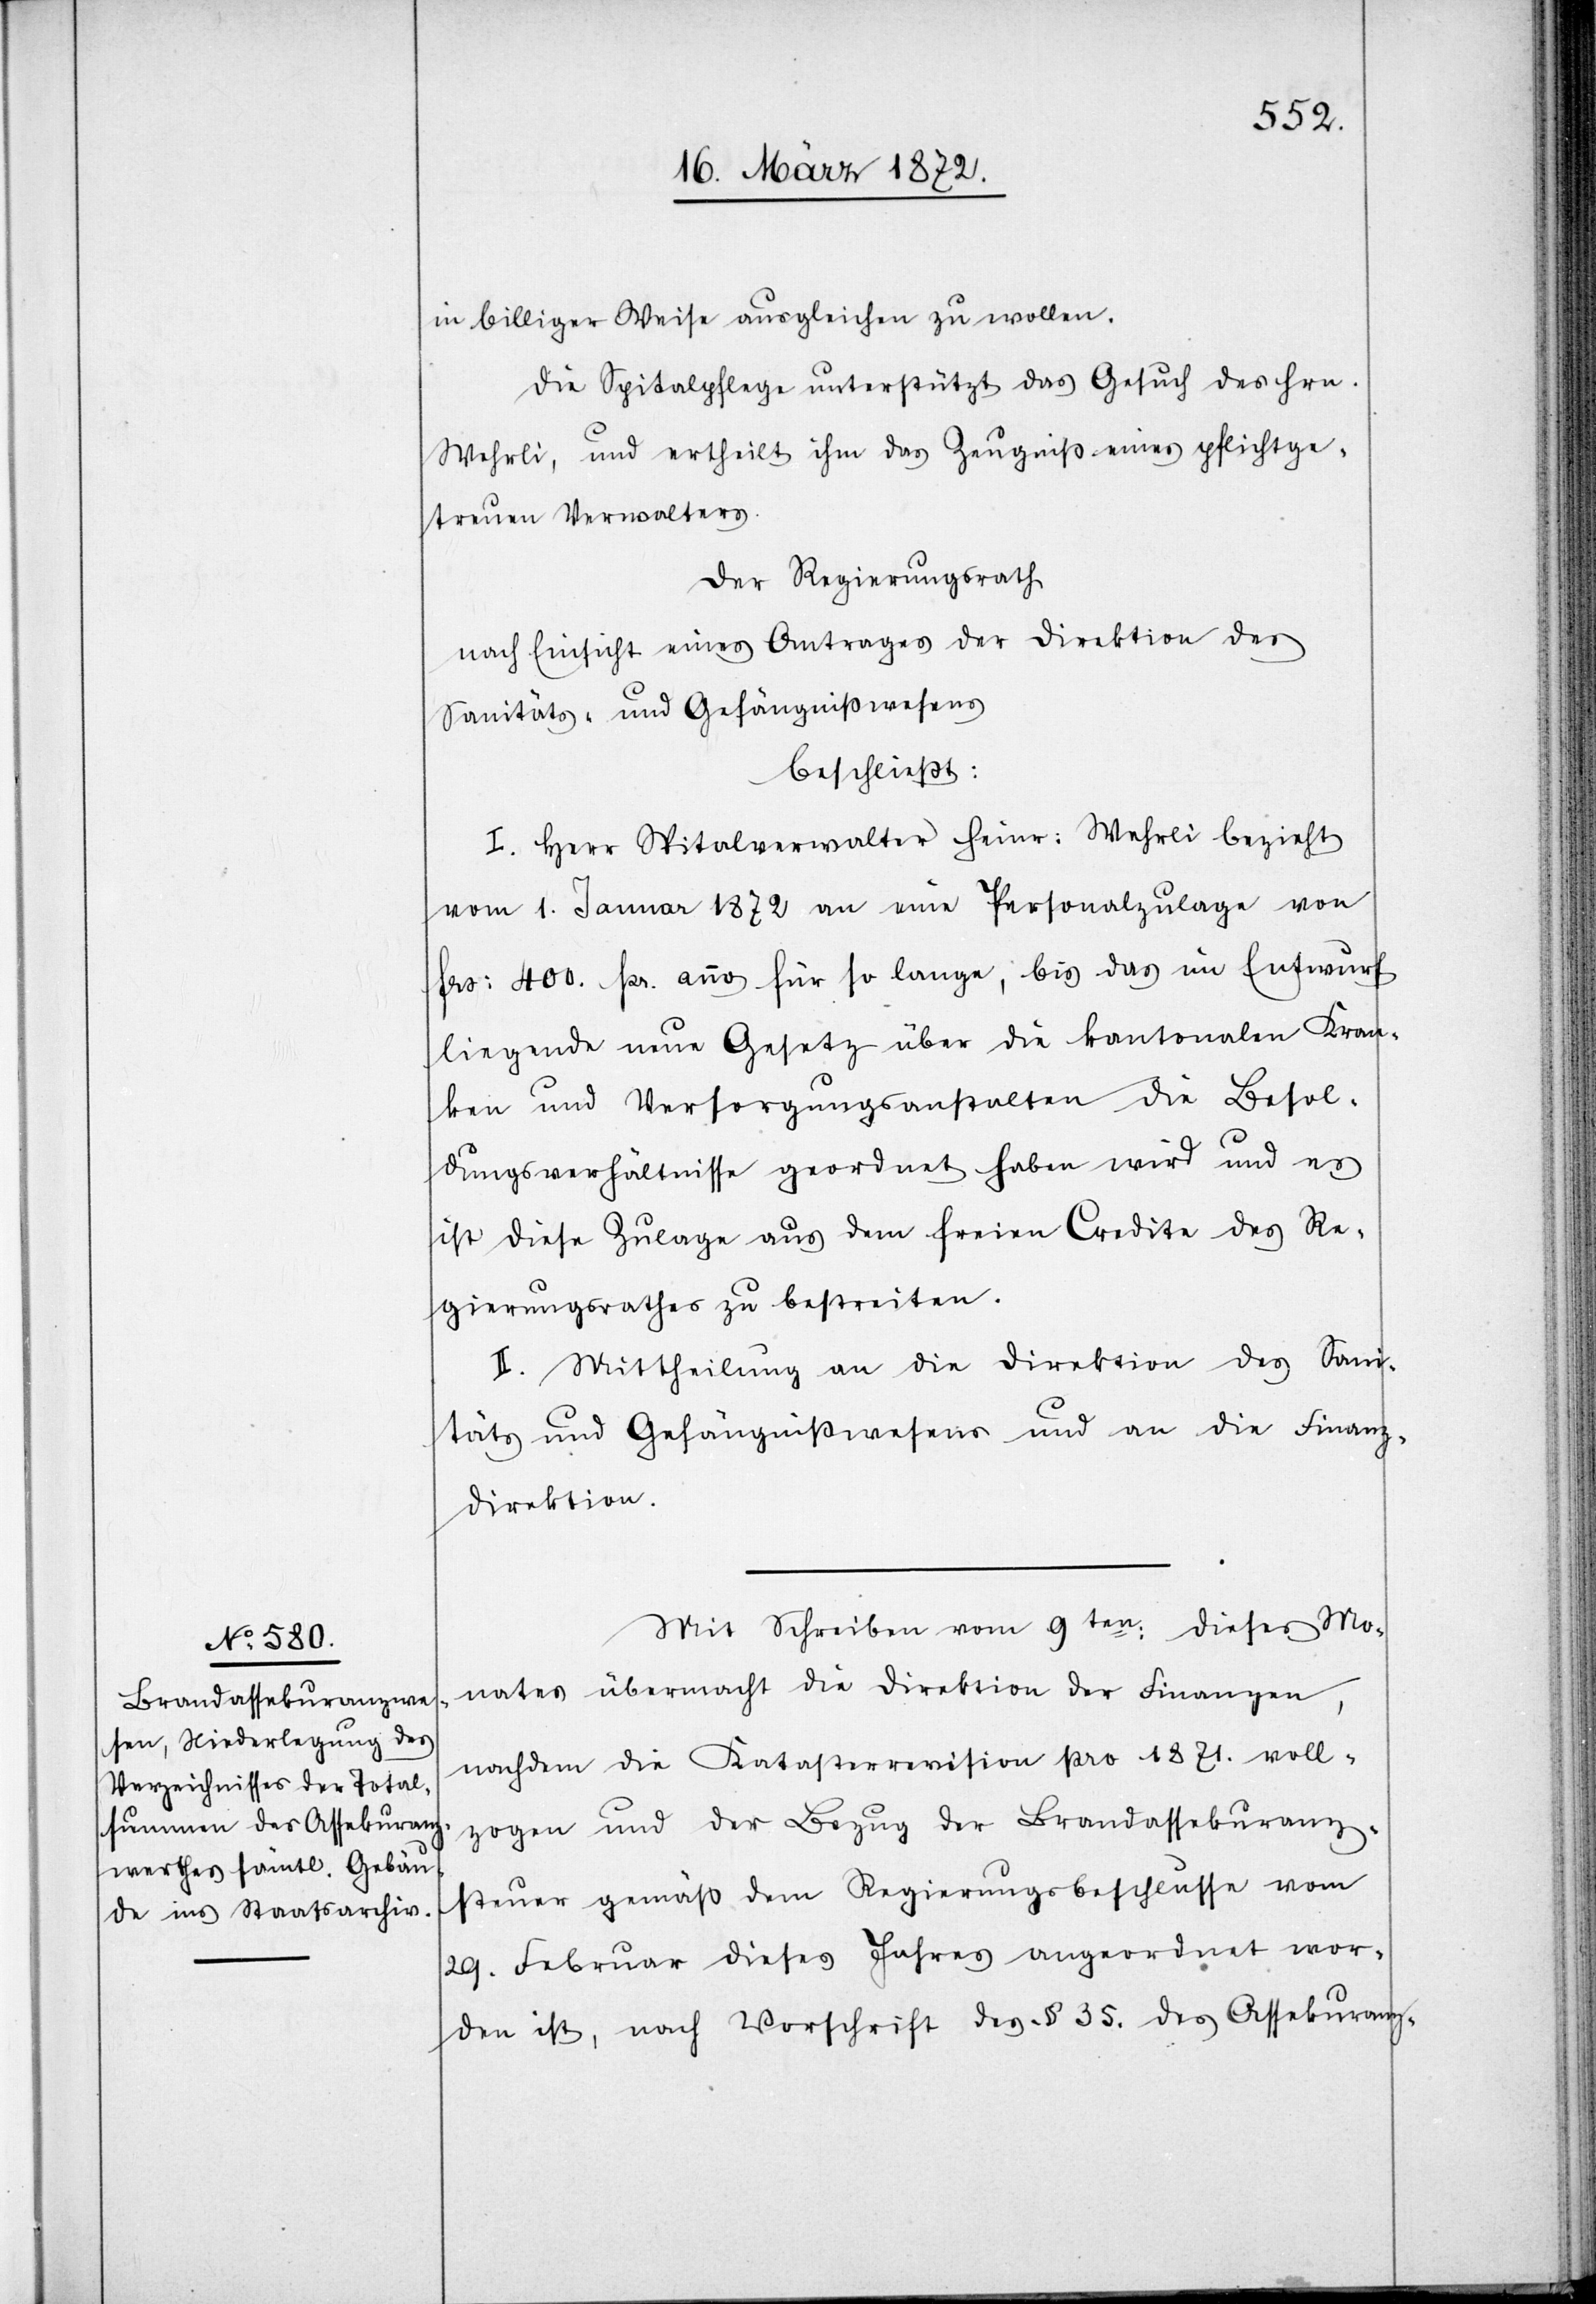
in billiger Weise ausgleichen zu wollen.
Die Spitalpflege unterstützt das Gesuch des Hrn.
Wehrli, und ertheilt ihm das Zeugniß eines pflichtge¬
treuen Verwalters.
Der Regierungsrath
nach Einsicht eines Antrages der Direktion des
Sanitäts- u. Gefängnißwesens
beschließt:
I. Herr Spitalverwalter Heinr: Wehrli bezieht
vom 1. Januar 1872 an eine Personalzulage von
frs: 400. pr. anno für so lange, bis das im Entwurf
liegende neue Gesetz über die kantonalen Kran¬
ken[-] und Versorgungsanstalten die Besol¬
dungsverhältnisse geordnet haben wird und es
ist diese Zulage aus dem freien Credite des Re¬
gierungsrathes zu bestreiten.
II. Mittheilung an die Direktion des Sani¬
täts[-] u. Gefängnißwesens und an die Finanz¬
direktion.
Mit Schreiben vom 9ten: dieses Mo¬
nates übermacht die Direktion der Finanzen,
nachdem die Katasterrevision pro 1871. voll¬
zogen und der Bezug der Brandassekuranz¬
steuer gemäß dem Regierungsbeschlusse vom
29. Februar dieses Jahres angeordnet wor¬
den ist, nach Vorschrift des § 35. des Assekuranz-